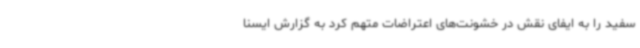
سفید را به ایفای نقش در خشونت‌های اعتراضات متهم کرد به گزارش ایسنا